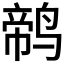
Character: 𱊕